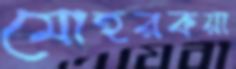
মোহরকয়া